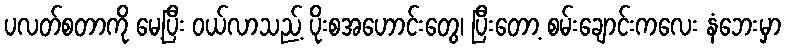
ပလတ်စတာကို မေ့ပြီး ဝယ်လာသည့် ပိုးစအဟောင်းတွေ၊ ပြီးတော့ စမ်းချောင်းကလေး နံဘေးမှာ